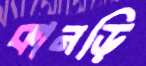
কানড়ি